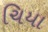
ચિયા